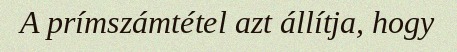
A prímszámtétel azt állítja, hogy